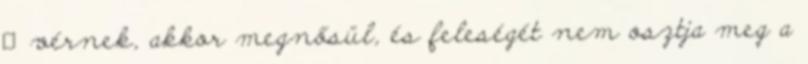
ﬁvérnek, akkor megnősül, és feleségét nem osztja meg a